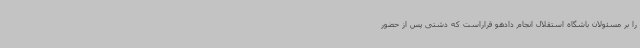
را بر مسئولان باشگاه استقلال انجام دادهو قراراست که دشتی پس از حضور